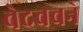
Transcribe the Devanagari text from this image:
वेदवचने